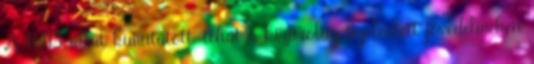
A KHS által kimutatott, tehát a kizárólag bejelentett jövedelmeken